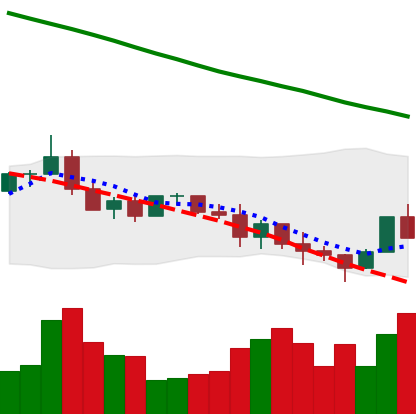
Ticker: ADA-USD
Chart end date: 2022-01-13
Forward return: 18.844%
Label: up_7plus